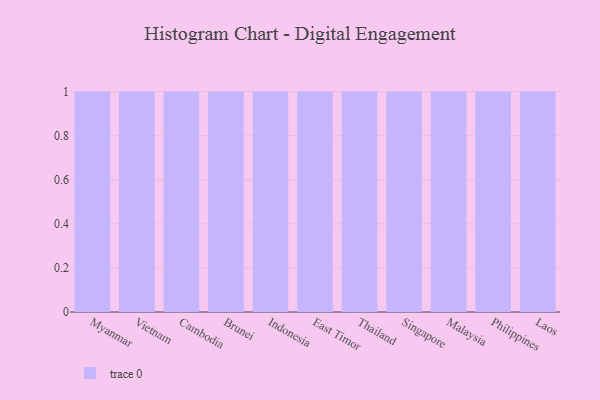
{"axis": {"x": "Country", "y": "Revenue (USD Million)"}, "legend": [""], "data": [{"x": "Myanmar", "y": 20, "type": ""}, {"x": "Vietnam", "y": 14, "type": ""}, {"x": "Cambodia", "y": 86, "type": ""}, {"x": "Brunei", "y": 5, "type": ""}, {"x": "Indonesia", "y": 17, "type": ""}, {"x": "East Timor", "y": 19, "type": ""}, {"x": "Thailand", "y": 75, "type": ""}, {"x": "Singapore", "y": 17, "type": ""}, {"x": "Malaysia", "y": 9, "type": ""}, {"x": "Philippines", "y": 16, "type": ""}, {"x": "Laos", "y": 79, "type": ""}]}